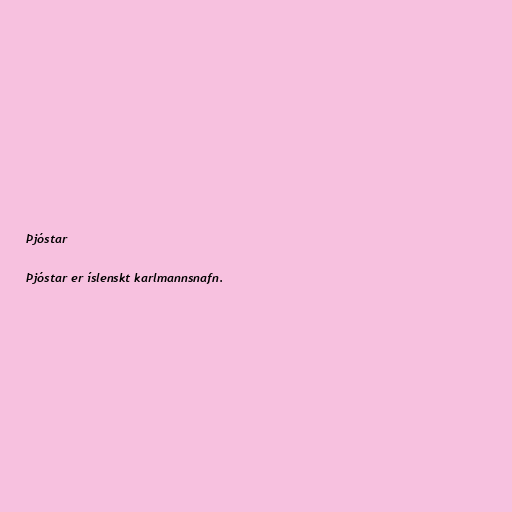
Þjóstar

Þjóstar er íslenskt karlmannsnafn.